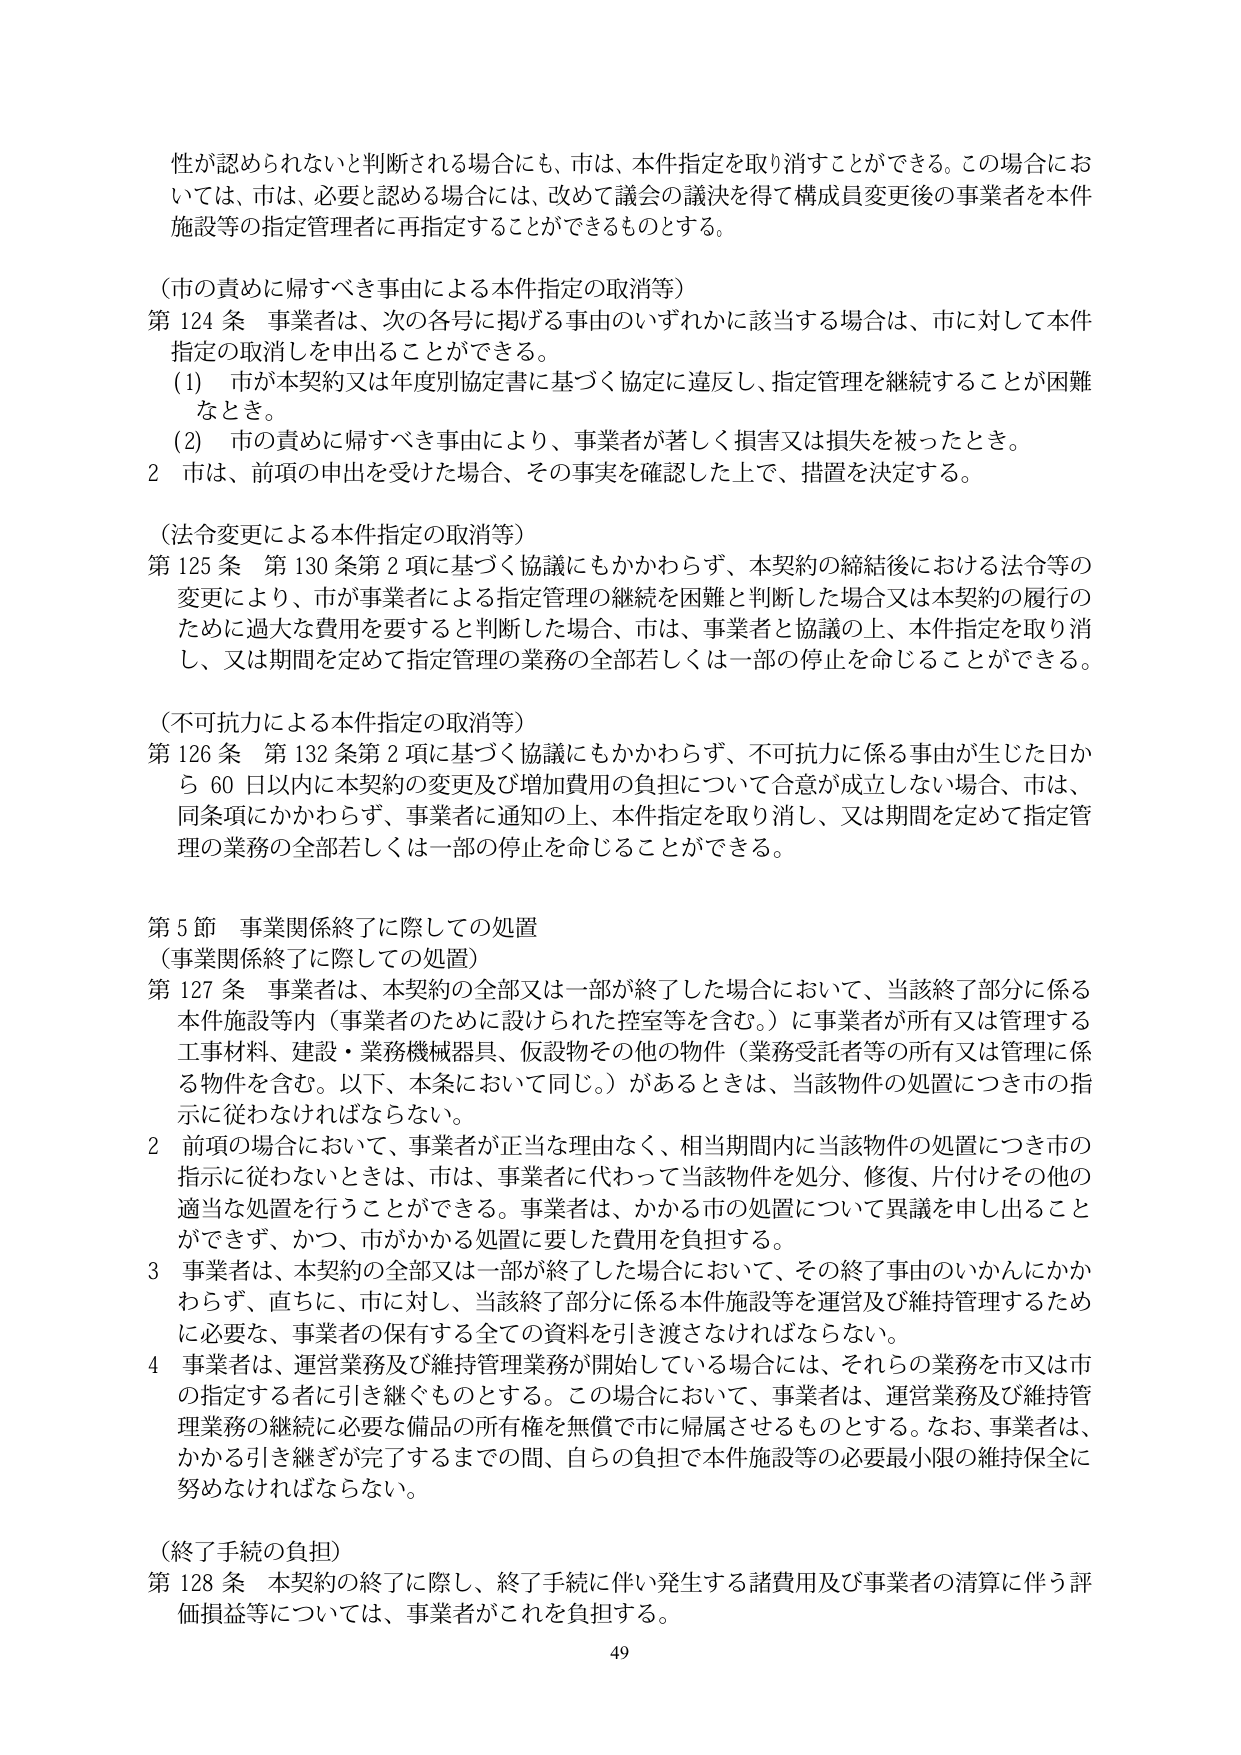
性が認められないと判断される場合にも、市は、本件指定を取り消すことができる。この場合においては、市は、必要と認める場合には、改めて議会の議決を得て構成員変更後の事業者を本件施設等の指定管理者に再指定することができるものとする。

（市の責めに帰すべき事由による本件指定の取消等）
第124条 事業者は、次の各号に掲げる事由のいずれかに該当する場合は、市に対して本件指定の取消しを申出ることができる。
（1）市が本契約又は年度別協定書に基づく協定に違反し、指定管理を継続することが困難なとき。
（2）市の責めに帰すべき事由により、事業者が著しく損害又は損失を被ったとき。
2 市は、前項の申出を受けた場合、その事実を確認した上で、措置を決定する。

（法令変更による本件指定の取消等）
第125条 第130条第2項に基づく協議にもかかわらず、本契約の締結後における法令等の変更により、市が事業者による指定管理の継続を困難と判断した場合又は本契約の履行のために過大な費用を要すると判断した場合、市は、事業者と協議の上、本件指定を取り消し、又は期間を定めて指定管理の業務の全部若しくは一部の停止を命じることができる。

（不可抗力による本件指定の取消等）
第126条 第132条第2項に基づく協議にもかかわらず、不可抗力に係る事由が生じた日から60日以内に本契約の変更及び増加費用の負担について合意が成立しない場合、市は、同条項にかかわらず、事業者に通知の上、本件指定を取り消し、又は期間を定めて指定管理の業務の全部若しくは一部の停止を命じることができる。

第5節 事業関係終了に際しての処置
（事業関係終了に際しての処置）
第127条 事業者は、本契約の全部又は一部が終了した場合において、当該終了部分に係る本件施設等内（事業者のために設けられた控室等を含む。）に事業者が所有又は管理する工事材料、建設・業務機械器具、仮設物その他の物件（業務受託者等の所有又は管理に係る物件を含む。以下、本条において同じ。）があるときは、当該物件の処置につき市の指示に従わなければならない。
2 前項の場合において、事業者が正当な理由なく、相当期間内に当該物件の処置につき市の指示に従わないときは、市は、事業者に代わって当該物件を処分、修復、片付けその他の適当な処置を行うことができる。事業者は、かかる市の処置について異議を申し出ることができず、かつ、市がかかる処置に要した費用を負担する。
3 事業者は、本契約の全部又は一部が終了した場合において、その終了事由のいかんにかかわらず、直ちに、市に対し、当該終了部分に係る本件施設等を運営及び維持管理するために必要な、事業者の保有する全ての資料を引き渡さなければならない。
4 事業者は、運営業務及び維持管理業務が開始している場合には、それらの業務を市又は市の指定する者に引き継ぐものとする。この場合において、事業者は、運営業務及び維持管理業務の継続に必要な備品の所有権を無償で市に帰属させるものとする。なお、事業者は、かかる引き継ぎが完了するまでの間、自らの負担で本件施設等の必要最小限の維持保全に努めなければならない。

（終了手続の負担）
第128条 本契約の終了に際し、終了手続に伴い発生する諸費用及び事業者の清算に伴う評価損益等については、事業者がこれを負担する。

49